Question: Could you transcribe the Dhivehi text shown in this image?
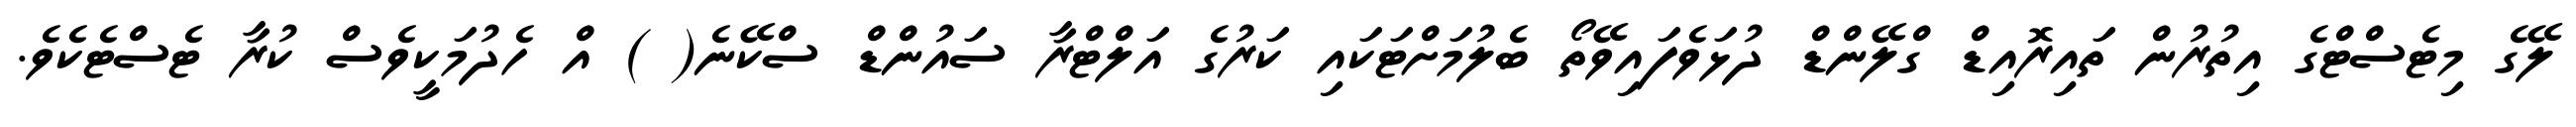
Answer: ލޭގެ މިޓެސްޓްގެ އިތުރުން ތައިރޮއިޑް ގްލޭންޑް ދުޅަވެފައިވޭތޯ ބެލުމަށްޓަކައި ކަރުގެ އަލްޓްރާ ސައުންޑް ސްކޭނެ( ) އް ހެދުމަކީވެސް ކުރާ ޓެސްޓެކެވެ.